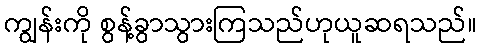
ကျွန်းကို စွန့်ခွာသွားကြသည်ဟုယူဆရသည်။